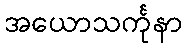
အယောသင်္ကုနာ